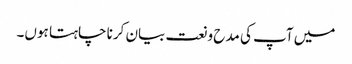
میں آپ کی مدح و نعت بیان کرنا چاہتا ہوں۔